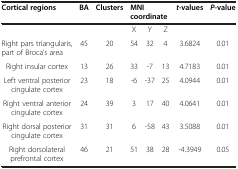
<table><thead><tr><td><b>Cortical regions</b></td><td><b>BA</b></td><td><b>Clusters</b></td><td colspan="3"><b>MNI coordinate</b></td><td><b><i>t</i>-values</b></td><td><b><i>P-</i>value</b></td></tr></thead><tbody><tr><td> </td><td> </td><td> </td><td>X</td><td>Y</td><td>Z</td><td> </td><td> </td></tr><tr><td>Right pars triangularis, part of Broca’s area</td><td>45</td><td>20</td><td>54</td><td>32</td><td>4</td><td>3.6824</td><td>0.01</td></tr><tr><td>Right insular cortex</td><td>13</td><td>26</td><td>33</td><td>-7</td><td>13</td><td>4.7183</td><td>0.01</td></tr><tr><td>Left ventral posterior cingulate cortex</td><td>23</td><td>18</td><td>-6</td><td>-37</td><td>25</td><td>4.0944</td><td>0.01</td></tr><tr><td>Right ventral anterior cingulate cortex</td><td>24</td><td>39</td><td>3</td><td>17</td><td>40</td><td>4.0641</td><td>0.01</td></tr><tr><td>Right dorsal posterior cingulate cortex</td><td>31</td><td>31</td><td>6</td><td>-58</td><td>43</td><td>3.5088</td><td>0.01</td></tr><tr><td>Right dorsolateral prefrontal cortex</td><td>46</td><td>21</td><td>51</td><td>38</td><td>28</td><td>-4.3949</td><td>0.05</td></tr></tbody></table>